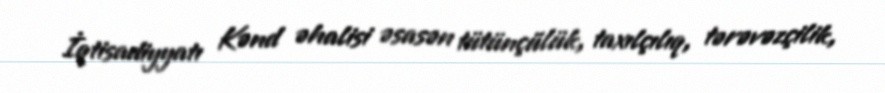
İqtisadiyyatı Kənd əhalisi əsasən tütünçülük, taxılçılıq, tərəvəzçilik,